Anatomy and histology of ticks - Number 23
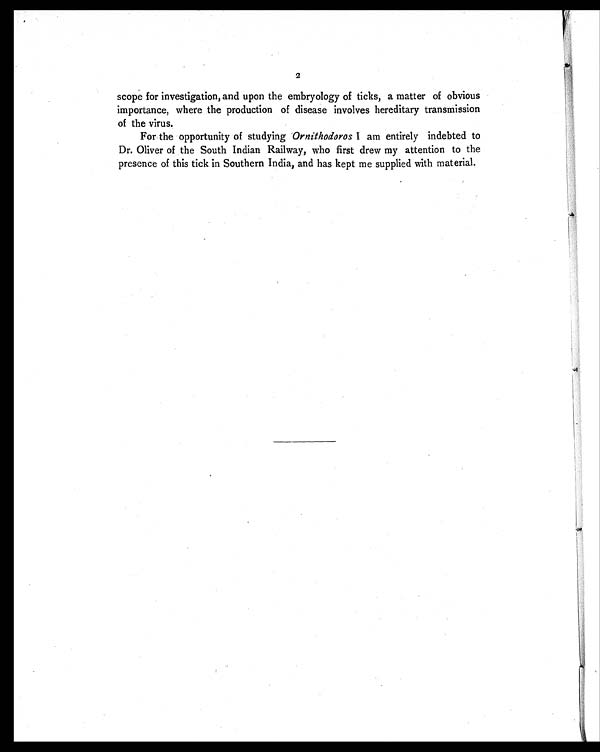
2
scope for investigation, and upon the embryology of ticks, a matter of obvious
importance, where the production of disease involves hereditary transmission
of the virus.
For the opportunity of studying Ornithodoros I am entirely indebted to
Dr. Oliver of the South Indian Railway, who first drew my attention to the
presence of this tick in Southern India, and has kept me supplied with material.